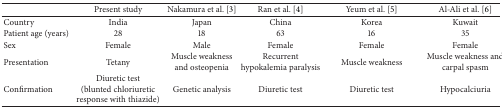
<table><thead><tr><td><b> </b></td><td><b>Present study</b></td><td><b>Nakamura et al. [3]</b></td><td><b>Ran et al. [4]</b></td><td><b>Yeum et al. [5] </b></td><td><b>Al-Ali et al. [6]</b></td></tr></thead><tbody><tr><td>Country</td><td>India</td><td>Japan</td><td>China</td><td>Korea</td><td>Kuwait</td></tr><tr><td>Patient age (years)</td><td>28 </td><td>18</td><td>63</td><td>16</td><td>35</td></tr><tr><td>Sex</td><td>Female</td><td>Male</td><td>Female</td><td>Female</td><td>Female</td></tr><tr><td>Presentation</td><td>Tetany</td><td>Muscle weakness and osteopenia</td><td>Recurrent hypokalemia paralysis</td><td>Muscle weakness</td><td>Muscle weakness and carpal spasm</td></tr><tr><td>Confirmation</td><td>Diuretic test (blunted chloriuretic response with thiazide)</td><td>Genetic analysis</td><td>Diuretic test </td><td>Diuretic test</td><td>Hypocalciuria</td></tr></tbody></table>